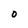
Character: O